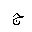
Letter: _gim